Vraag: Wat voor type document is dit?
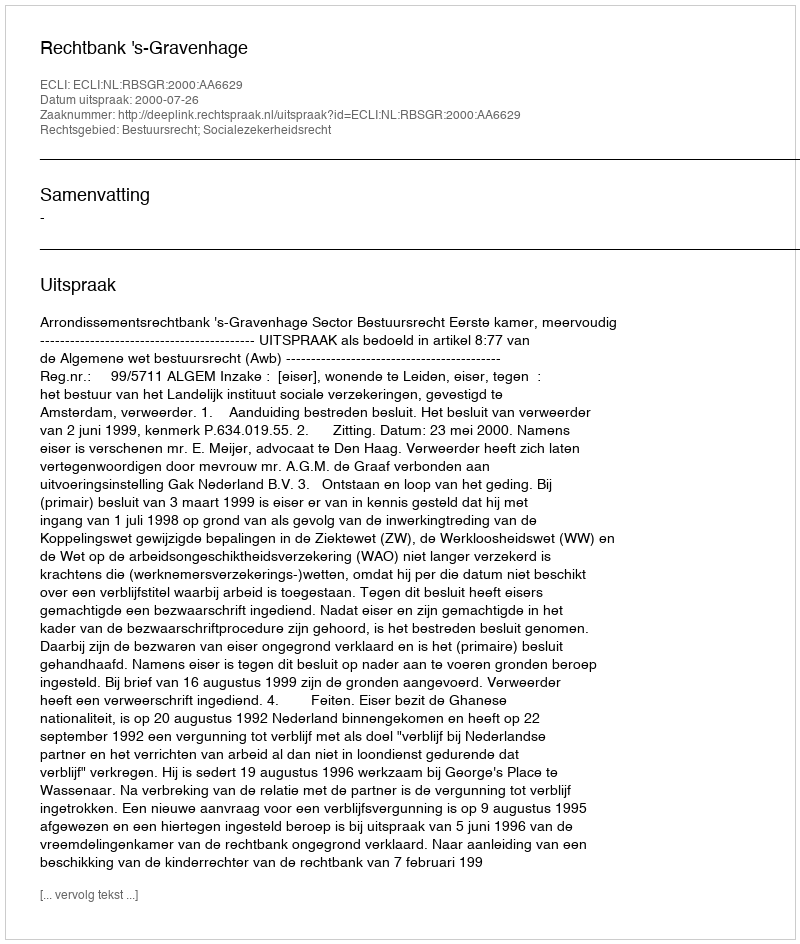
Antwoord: Uitspraak